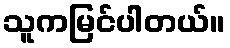
သူကမြင်ပါတယ်။